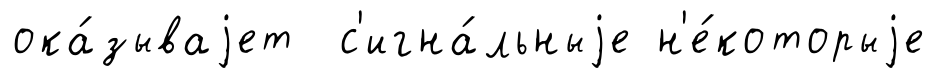
ока́зываjет с'игна́льныjе н'е́которыjе